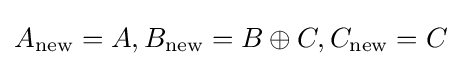
A_{\text{new}}=A,B_{\text{new}}=B\oplus C,C_{\text{new}}=C